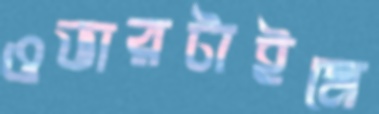
ওভারটাইমে